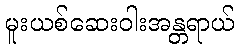
မူးယစ်ဆေးဝါးအန္တရာယ်